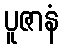
ပူဇာနံ